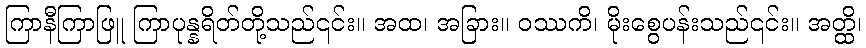
ကြာနီကြာဖြူ ကြာပုန္နရိတ်တို့သည်၎င်း။ အထ၊ အခြား။ ဝဿကိ၊ မိုးစွေပန်းသည်၎င်း။ အတ္ထိ၊